Indian journal of veterinary science and animal husbandry - Volumes 18-21, 1948-1951
Year: 1948
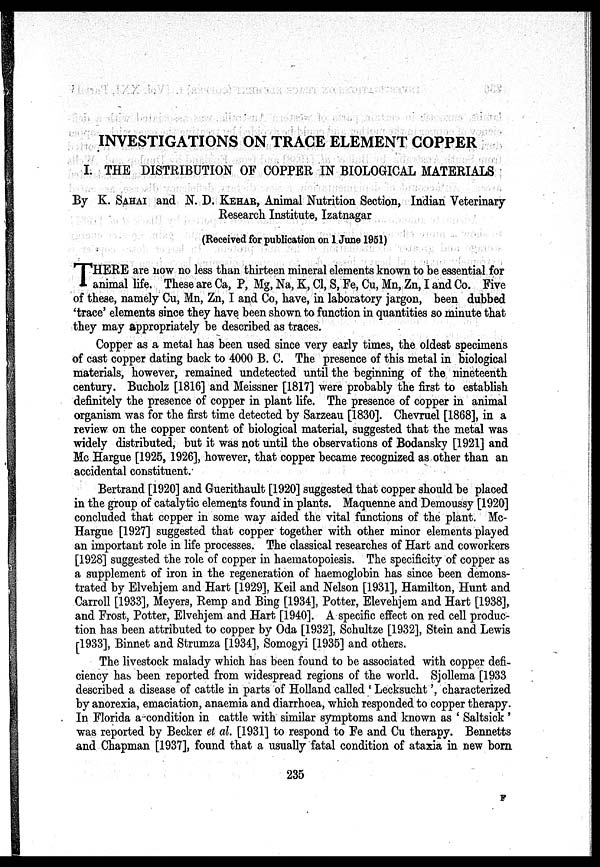
INVESTIGATIONS ON TRACE ELEMENT COPPER
I. THE DISTRIBUTION OF COPPER IN BIOLOGICAL MATERIALS
By K. SAHAI and N. D. KEHAR, Animal Nutrition Section, Indian Veterinary
Research Institute, Izatnagar
(Received for publication on 1 June 1951)
T HERE are now no less than thirteen mineral elements known to be essential for
animal life. These are Ca, P, Mg, Na, K, Cl, S, Fe, Cu, Mn, Zn, I and Co. Five
of these, namely Cu, Mn, Zn, I and Co, have, in laboratory jargon, been dubbed
'trace' elements since they have been shown to function in quantities so minute that
they may appropriately be described as traces.
Copper as a metal has been used since very early times, the oldest specimens
of cast copper dating back to 4000 B. C. The presence of this metal in biological
materials, however, remained undetected until the beginning of the nineteenth
century. Bucholz [1816] and Meissner [1817] were probably the first to establish
definitely the presence of copper in plant life. The presence of copper in animal
organism was for the first time detected by Sarzeau [1830]. Chevruel [1868], in a
review on the copper content of biological material, suggested that the metal was
widely distributed, but it was not until the observations of Bodansky [1921] and
Mc Hargue [1925, 1926], however, that copper became recognized as other than an
accidental constituent.
Bertrand [1920] and Guerithault [1920] suggested that copper should be placed
in the group of catalytic elements found in plants. Maquenne and Demoussy [1920]
concluded that copper in some way aided the vital functions of the plant. Mc-
Hargue [1927] suggested that copper together with other minor elements played
an important role in life processes. The classical researches of Hart and coworkers
[1928] suggested the role of copper in haematopoiesis. The specificity of copper as
a supplement of iron in the regeneration of haemoglobin has since been demons-
trated by Elvehjem and Hart [1929], Keil and Nelson [1931], Hamilton, Hunt and
Carroll [1933], Meyers, Remp and Bing [1934], Potter, Elevehjem and Hart [1938],
and Frost, Potter, Elvehjem and Hart [1940]. A specific effect on red cell produc-
tion has been attributed to copper by Oda [1932], Schultze [1932], Stein and Lewis
[1933], Binnet and Strumza [1934], Somogyi [1935] and others.
The livestock malady which has been found to be associated with copper defi-
ciency has been reported from widespread regions of the world. Sjollema [1933
described a disease of cattle in parts of Holland called 'Lecksucht', characterized
by anorexia, emaciation, anaemia and diarrhoea, which responded to copper therapy
In Florida a condition in cattle with similar symptoms and known as 'Saltsick'
was reported by Becker et al. [1931] to respond to Fe and Cu therapy. Bennetts
and Chapman [1937], found that a usually fatal condition of ataxia in new born
235
F